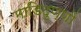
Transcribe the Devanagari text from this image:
माडिदुण्णों